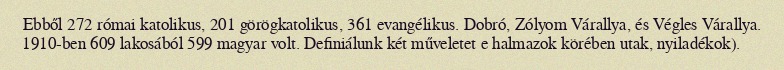
Ebből 272 római katolikus, 201 görögkatolikus, 361 evangélikus. Dobró, Zólyom Várallya, és Végles Várallya. 1910-ben 609 lakosából 599 magyar volt. Definiálunk két műveletet e halmazok körében utak, nyiladékok).